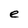
Character: e